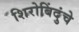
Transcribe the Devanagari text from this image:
शिरोबिंदुंचे